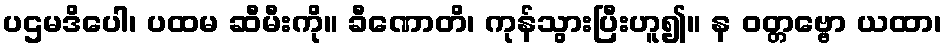
ပဌမဒိပေါ၊ ပထမ ဆီမီးကို။ ခီဏောတိ၊ ကုန်သွားပြီးဟူ၍။ န ဝတ္တဗ္ဗော ယထာ၊